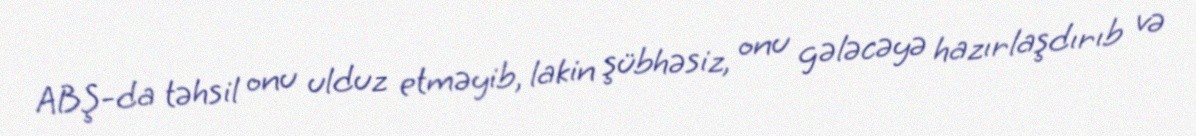
ABŞ-da təhsil onu ulduz etməyib, lakin şübhəsiz, onu gələcəyə hazırlaşdırıb və